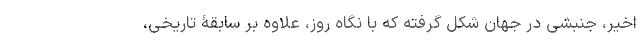
اخیر، جنبشی در جهان شکل گرفته که با نگاه روز، علاوه بر سابقۀ تاریخی،